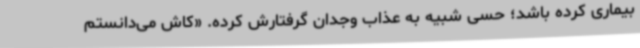
بیماری کرده باشد؛ حسی شبیه به عذاب وجدان گرفتارش کرده. «کاش می‌دانستم